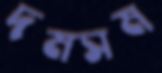
দমসম